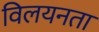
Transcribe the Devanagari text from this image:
विलयनता